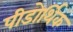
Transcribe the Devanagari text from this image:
पीडोर्थिक